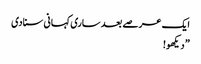
ایک عرصے بعد ساری کہانی سنادی
” دیکھو!